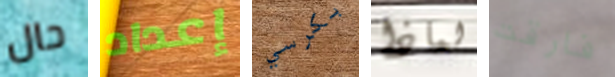
حال إعداد بكرسي لماذا فارقت